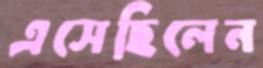
এসেছিলেন